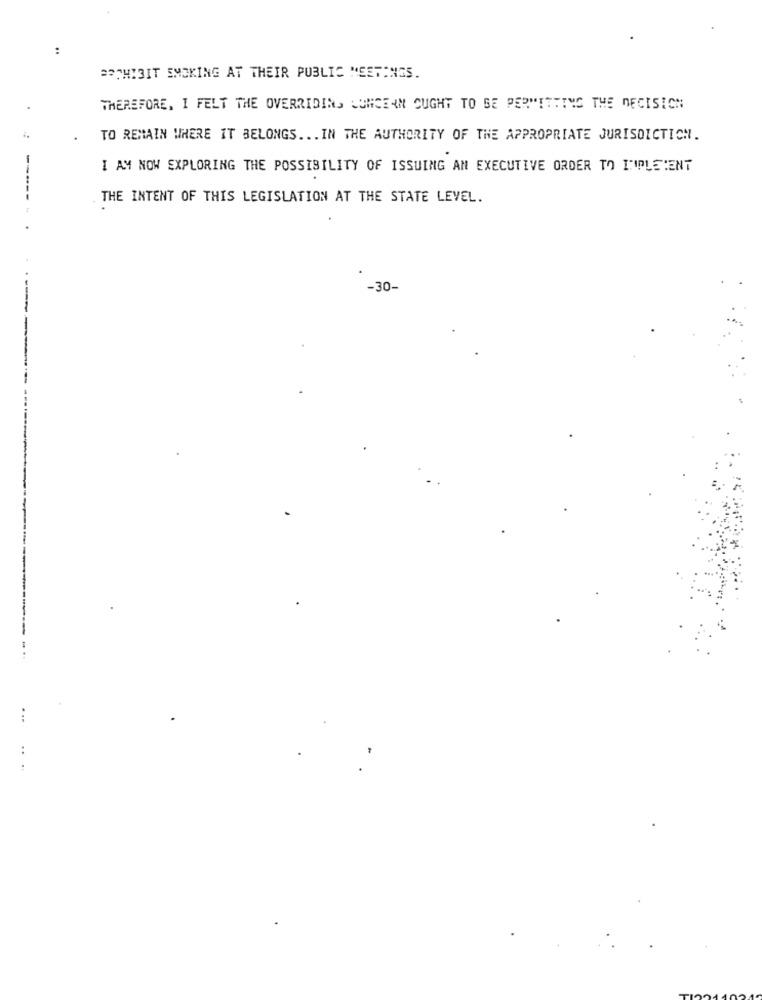
BOTHIBIT SMOKING AT THEIR PUBLIC MEETINGS.
THEREFORE, I FELT THE OVERRIDING LUMCEIN OUGHT TO BE PERMITTING THE DECISION
TO REMAIN WHERE IT BELONGS ... IN THE AUTHORITY OF THE APPROPRIATE JURISDICTION.
I AM NOW EXPLORING THE POSSIBILITY OF ISSUING AN EXECUTIVE ORDER TO L'IPLEIENT
THE INTENT OF THIS LEGISLATION AT THE STATE LEVEL.
------
-30-
...
..